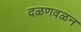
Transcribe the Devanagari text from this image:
दळणवळन